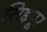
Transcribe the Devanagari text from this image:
सिद्दपूर